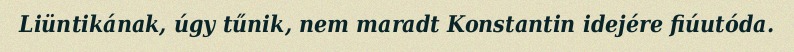
Liüntikának, úgy tűnik, nem maradt Konstantin idejére fiúutóda.